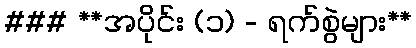
### **အပိုင်း (၁) - ရက်စွဲများ**